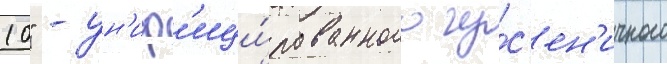
10" - ун'иф'ици́рованного гу́с'ен'ичного